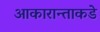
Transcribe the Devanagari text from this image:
आकारान्ताकडे